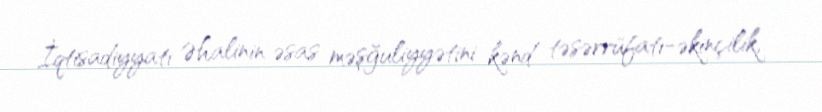
İqtisadiyyatı Əhalinin əsas məşğuliyyətini kənd təsərrüfatı-əkinçilik,